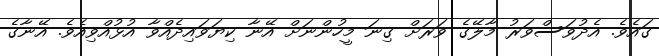
ގައެވެ. އެދުވަސްވަރު މާލޭގެ ވަރަށް ގިނަ މީހުންނަށް އޭނާ ކިޔަވައިދެއްވާ އުޅުއްވިއެވެ. އޭނާގެ